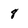
Character: 8